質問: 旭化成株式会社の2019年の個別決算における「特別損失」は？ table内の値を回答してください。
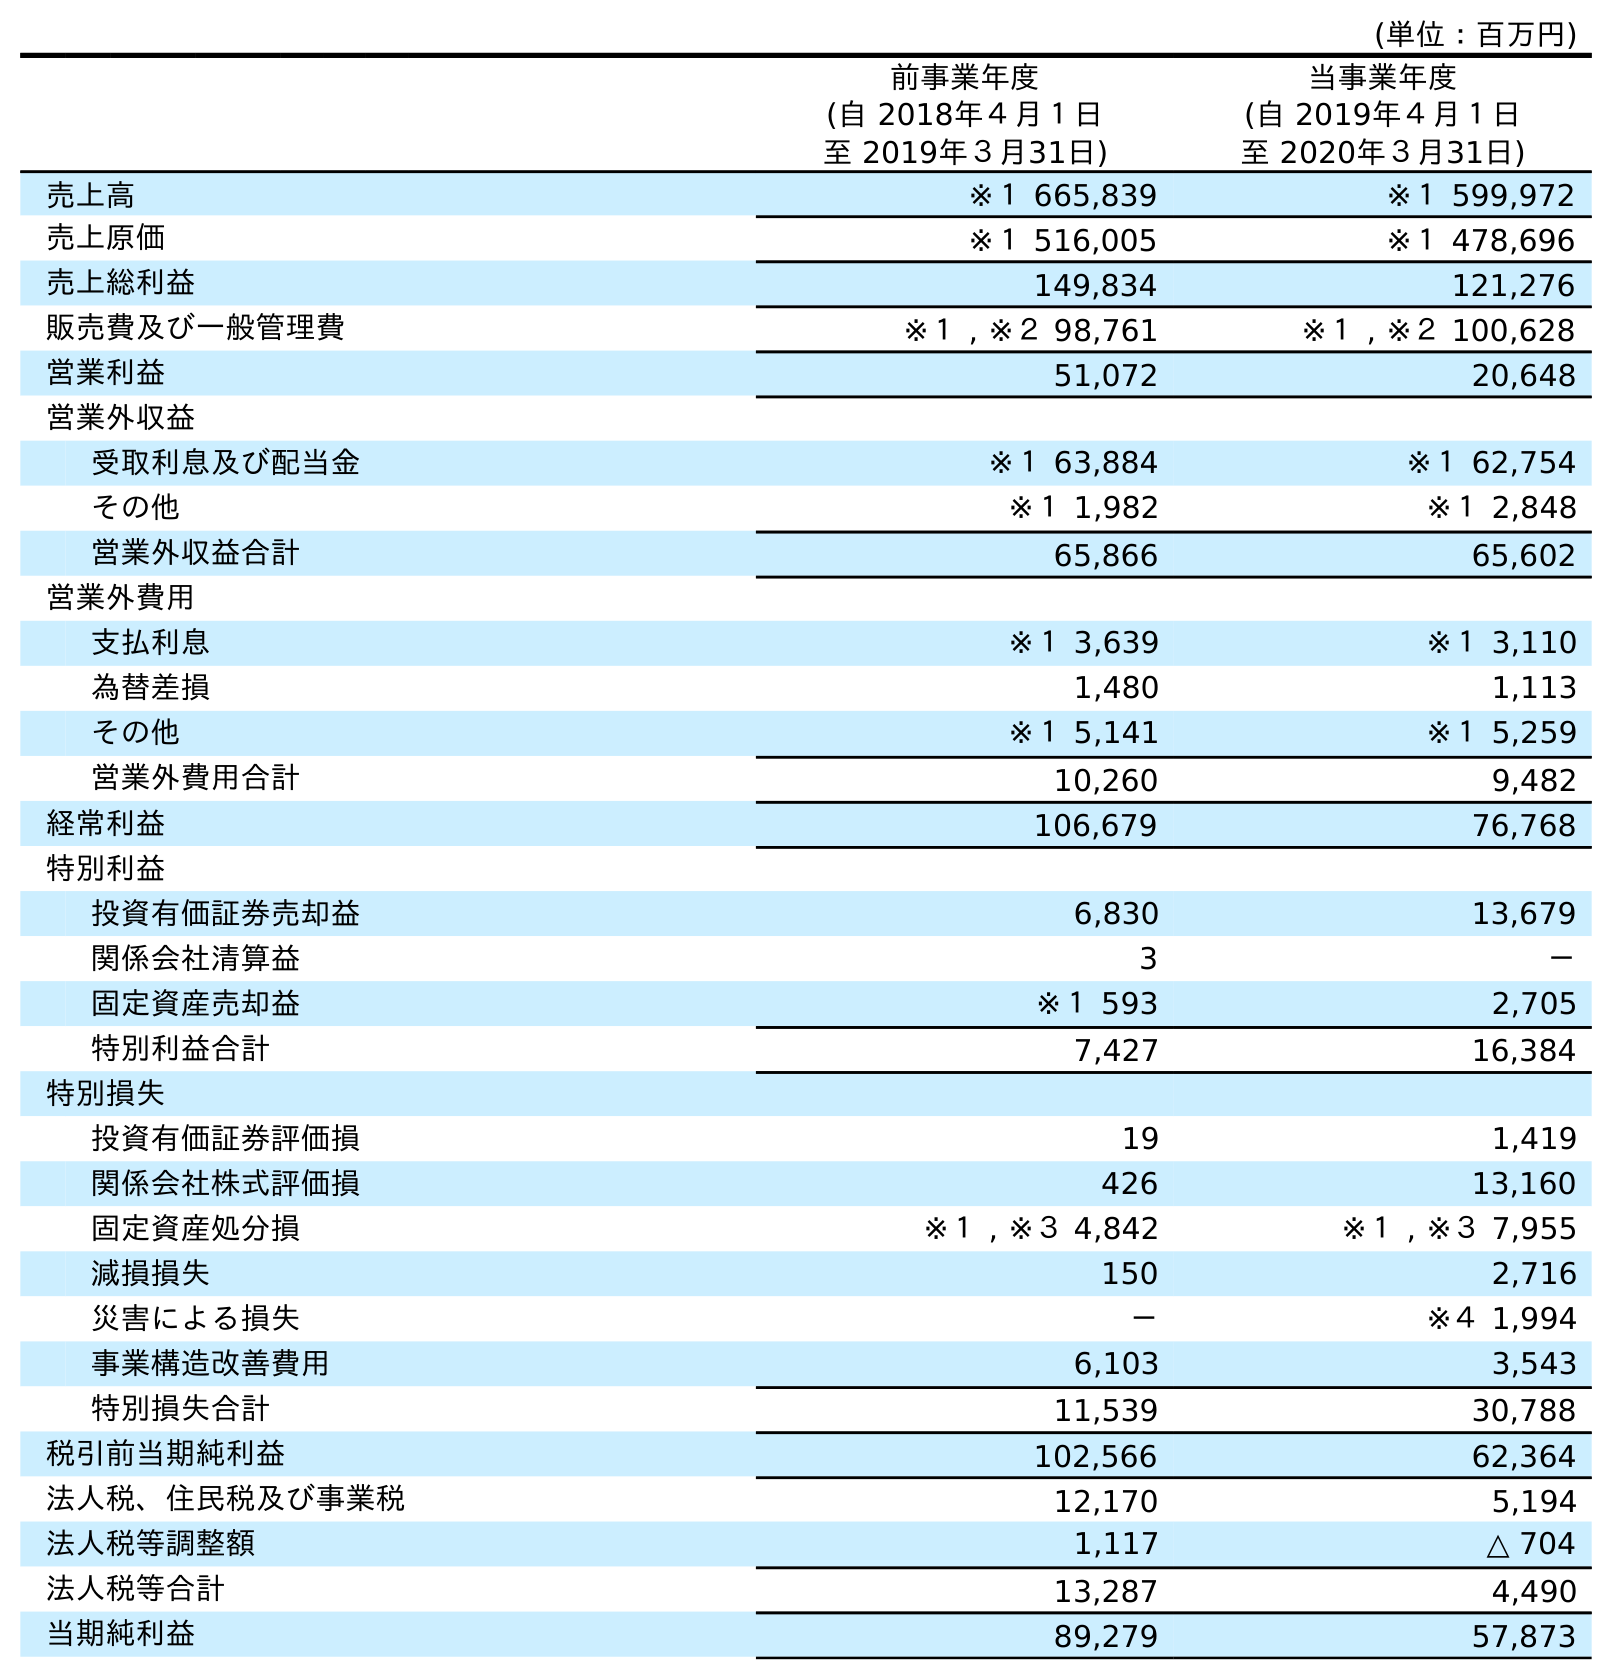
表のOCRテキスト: (単位：百万円) 前事業年度 (自 2018年４月１日 至 2019年３月31日) 当事業年度 (自 2019年４月１日 至 2020年３月31日) 売上高 ※１ 665,839 ※１ 599,972 売上原価 ※１ 516,005 ※１ 478,696 売上総利益 149,834 121,276 販売費及び一般管理費 ※１ , ※２ 98,761 ※１ , ※２ 100,628 営業利益 51,072 20,648 営業外収益 受取利息及び配当金 ※１ 63,884 ※１ 62,754 その他 ※１ 1,982 ※１ 2,848 営業外収益合計 65,866 65,602 営業外費用 支払利息 ※１ 3,639 ※１ 3,110 為替差損 1,480 1,113 その他 ※１ 5,141 ※１ 5,259 営業外費用合計 10,260 9,482 経常利益 106,679 76,768 特別利益 投資有価証券売却益 6,830 13,679 関係会社清算益 3 － 固定資産売却益 ※１ 593 2,705 特別利益合計 7,427 16,384 特別損失 投資有価証券評価損 19 1,419 関係会社株式評価損 426 13,160 固定資産処分損 ※１ , ※３ 4,842 ※１ , ※３ 7,955 減損損失 150 2,716 災害による損失 － ※４ 1,994 事業構造改善費用 6,103 3,543 特別損失合計 11,539 30,788 税引前当期純利益 102,566 62,364 法人税、住民税及び事業税 12,170 5,194 法人税等調整額 1,117 △ 704 法人税等合計 13,287 4,490 当期純利益 89,279 57,873
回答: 11,539